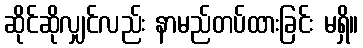
ဆိုင်ဆိုလျှင်လည်း နာမည်တပ်ထားခြင်း မရှိ။